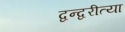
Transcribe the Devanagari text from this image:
द्वन्द्वरीत्या